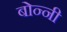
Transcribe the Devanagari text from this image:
बोन्‍नी